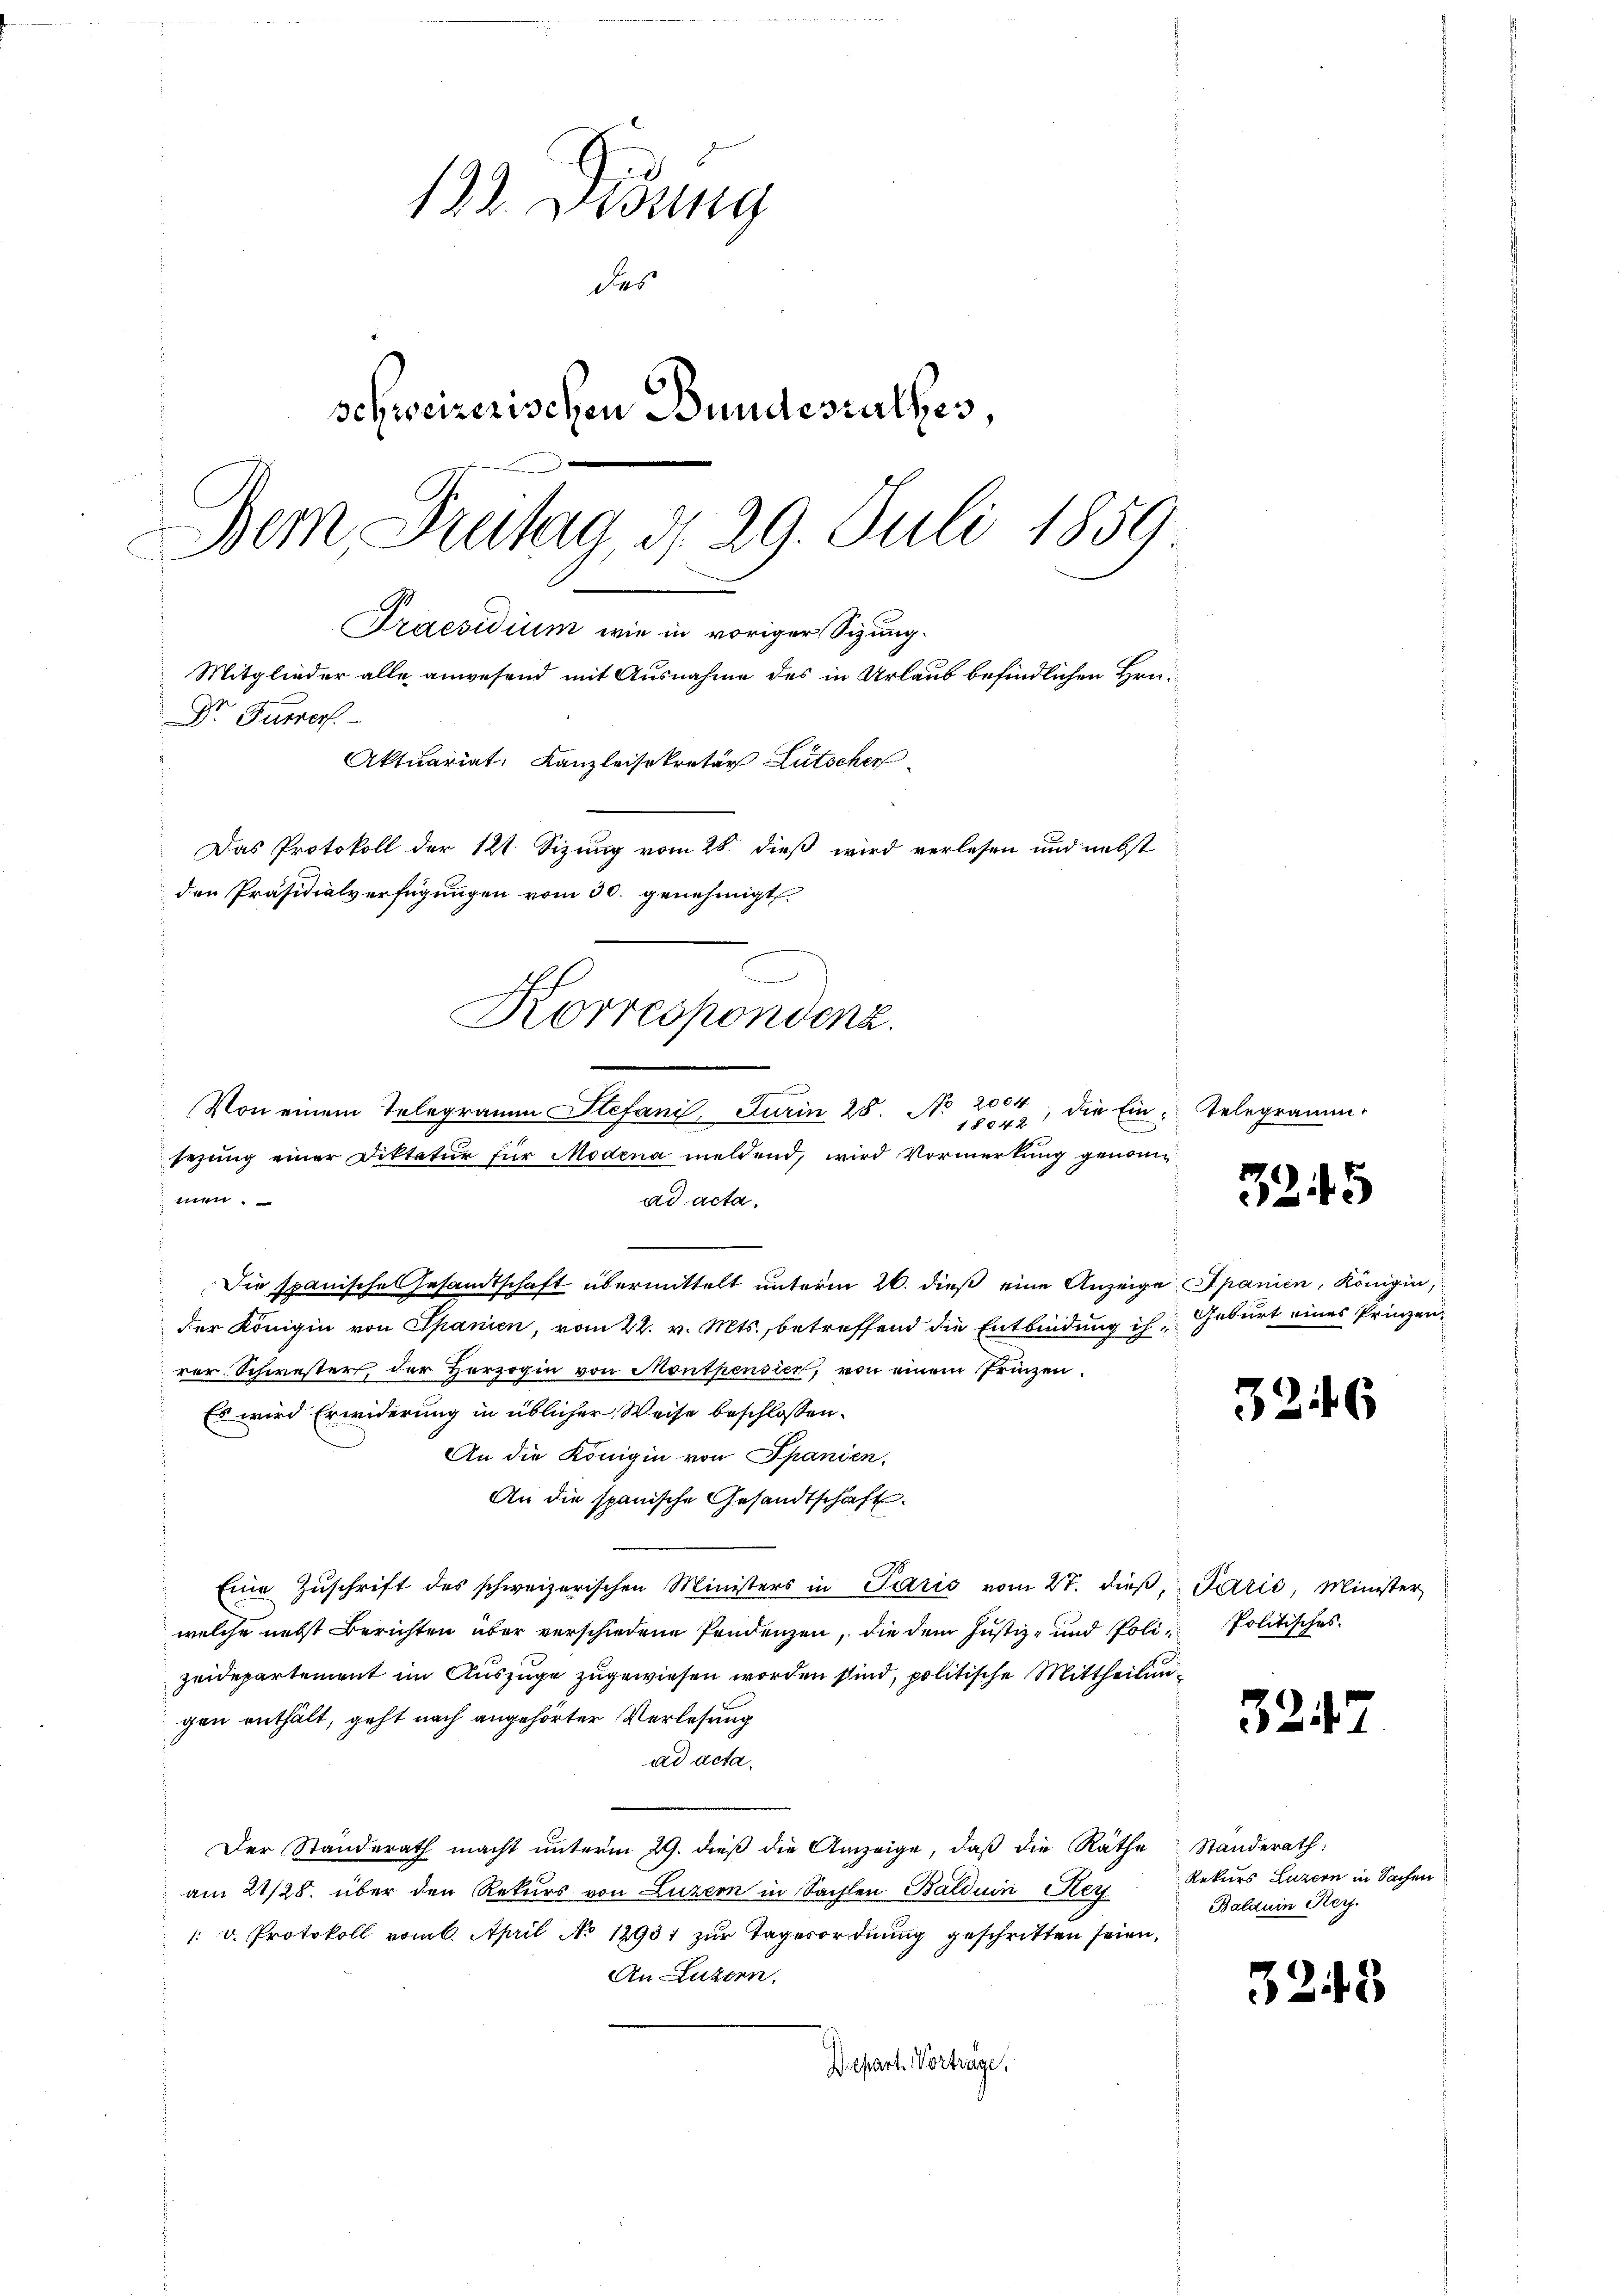
133. Didung
des
schweizerischen Bundesrathes
Dem Dritag d. 29. Juli 1859.
Praesidium wie in voriger Sizung.
Mitglieder alle anwesend mit Ausnahme des in Urlaub befindlichen Hrn.
Dr Furrorf.
Aktuariat, Kanzleisekretär Lütscher
Das Protokoll der 121. Sizung vom 28. dieß wird verlesen und nebst
den Präsidialverfügungen vom 30. genehmigt.

men.
ad acta.
Die spanische Gesandtschaft übermittelt unterm 26. dieß eine Anzeige Spanien, Königin
der Königin von Spanien, vom 22. v. Mts., betreffend die Entbindung ihr Geburt eines Prinzenver Schwesters, der Herzogin von Montpendien, von einem Prinzen.
Es wird Erwiderung in üblicher Weise beschlossen:
An die Königin von Spanien.
An die spanische Gesandtschaft.
Eine Zŭschrift des schweizerischen Ministers in Paris vom 27. dieβ, Paris, Minister,
welche nebst Berichten über verschiedene Pendenzen, die dem Justiz- und Poli-Politisches
zeidepartement im Auszuge zugewiesen worden sind, politische Mittheilungen enthält, geht nach angehörter Verlesung
ad acta.
Der Standerath macht ŭnterm 29. dieβ die Anzeige, daβ die Räthe Standerath:
am 21/28. über den Rekurs von Luzern in Sachen Balduin Hey
1. v. Protokoll vom 6. April No 12931 zur Tagesordnung geschritten seien,
An Luzern.
Depart. Vorträge,

e
Korrespondina
Von einem Telegramm Stefani, Turin 28. No 2004
1804, die Ein Telegramm
sezung einer Diktatur für Modena meldend, wird Vormerkung genom¬

1
245

3246

324

Rekurs Luzern in Sachen
Balduin Ker

3243